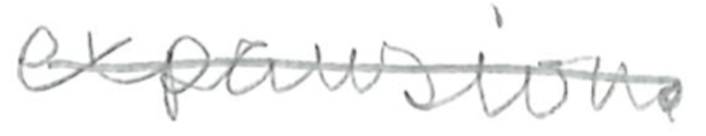
Text: expansion.
Cross-out: single-line
Writing tool: pencil